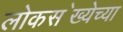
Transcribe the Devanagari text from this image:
लोकस॓ख्येच्या